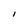
Character: I